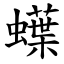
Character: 蠂